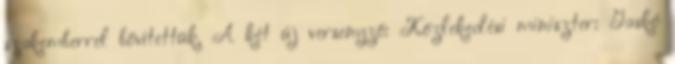
szakemberrel bővítettük. A két új versenyző: Közlekedési miniszter: Gaskó